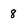
Character: 8